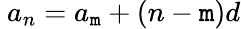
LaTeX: \ a_{n}=a_{\mathtt{m}}+(n-\mathtt{m})d